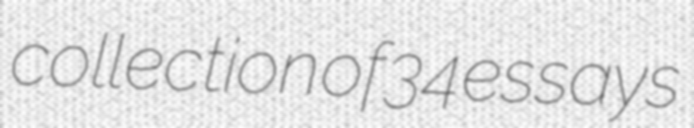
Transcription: collection of 34 essays